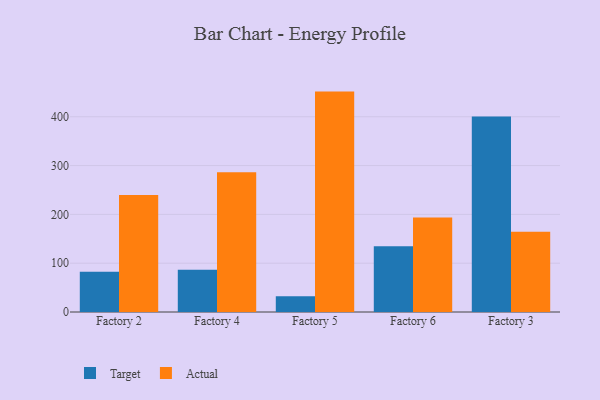
{"axis": {"x": "Factory", "y": "Demand Index"}, "legend": ["Actual", "Target"], "data": [{"x": "Factory 2", "y": 82.5, "type": "Target"}, {"x": "Factory 2", "y": 239.9, "type": "Actual"}, {"x": "Factory 4", "y": 86.7, "type": "Target"}, {"x": "Factory 4", "y": 286.2, "type": "Actual"}, {"x": "Factory 5", "y": 32.2, "type": "Target"}, {"x": "Factory 5", "y": 451.6, "type": "Actual"}, {"x": "Factory 6", "y": 134.8, "type": "Target"}, {"x": "Factory 6", "y": 193.6, "type": "Actual"}, {"x": "Factory 3", "y": 400.5, "type": "Target"}, {"x": "Factory 3", "y": 164.3, "type": "Actual"}]}